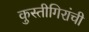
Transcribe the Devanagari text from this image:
कुस्तीगिरांची